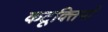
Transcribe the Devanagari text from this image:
कटूक्तियाँ